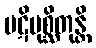
ပဋိပုစ္ဆိတုန္တိ